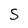
Character: S